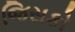
જિસકો